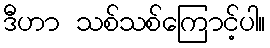
ဒီဟာ သစ်သစ်ကြောင့်ပါ။